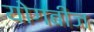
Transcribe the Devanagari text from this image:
योगबीज